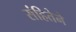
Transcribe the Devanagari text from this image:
संहितेने